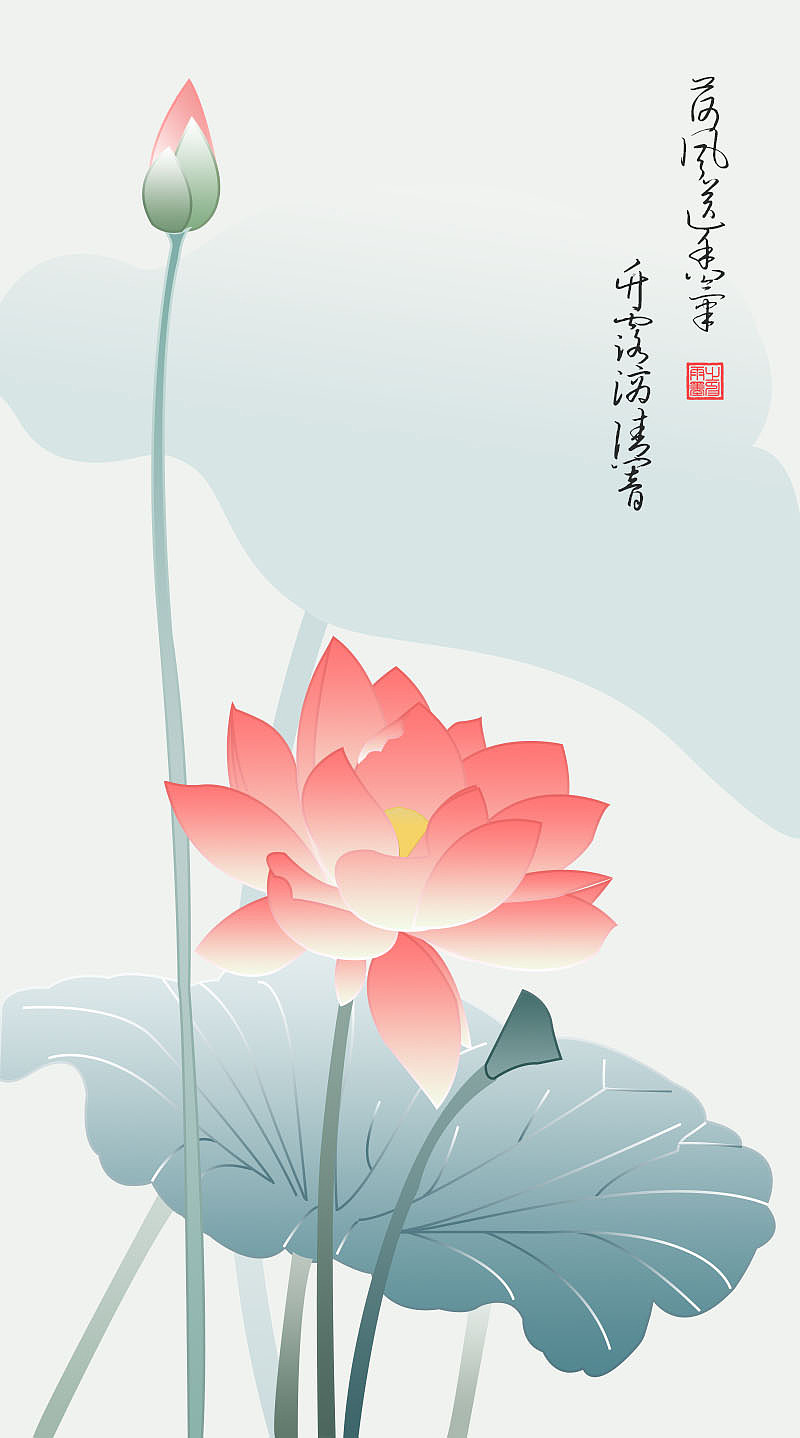
水际轻烟，沙边微雨。荷花芳草垂杨渡。